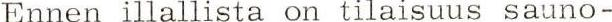
Ennen illallista on tilaisuus sauno-